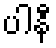
ပါနီ